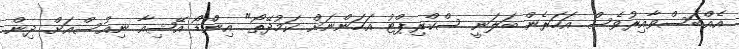
އެއްބަސްވާއިރުވެސް އަހަރެން ބަލަނީ ސްކްރިޕްޓު އަހަންނަށް ކަމުދޭތޯ" އިންޑޯ އޭޝިއާ ނިއުސްއަށް ދިން